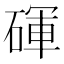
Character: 𬒚